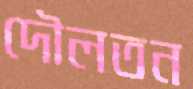
দৌলতন